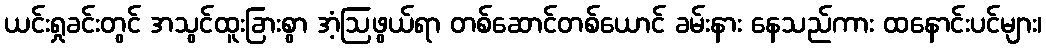
ယင်းရှုခင်းတွင် အသွင်ထူးခြားစွာ အံ့ဩဖွယ်ရာ တစ်ဆောင်တစ်ယောင် ခမ်းနား နေသည်ကား ထနောင်းပင်များ၊